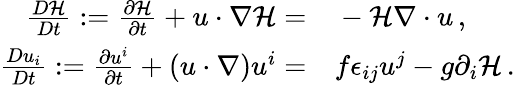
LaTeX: \begin{array}{rl}{\frac{D{\cal H}}{Dt}:=\frac{\partial{\cal H}}{\partial t}+u\cdot\nabla{\cal H}=}&{{}-{\cal H}\nabla\cdot u\, ,}\\ {\frac{Du_{i}}{Dt}:=\frac{\partial u^{i}}{\partial t}+(u\cdot\nabla)u^{i}=}&{{}f\epsilon_{ij}u^{j}-g\partial_{i}{\cal H}\, .}\end{array}